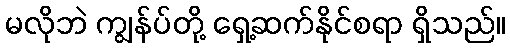
မလိုဘဲ ကျွန်ပ်တို့ ရှေ့ဆက်နိုင်စရာ ရှိသည်။